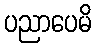
ပညာပေမိ